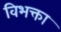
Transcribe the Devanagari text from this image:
विभक्ता